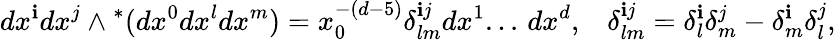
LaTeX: dx^{\mathbf{i}}dx^{j}\wedge{}^{*}(dx^{0}dx^{l}dx^{m})=x_{0}^{-(d-5)}\delta_{lm}^{\mathbf{i}j}dx^{1}...\, dx^{d},\; \; \; \delta_{lm}^{\mathbf{i}j}=\delta_{l}^{\mathbf{i}}\delta_{m}^{j}-\delta_{m}^{\mathbf{i}}\delta_{l}^{j},